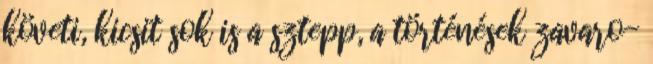
követi, kicsit sok is a sztepp, a történések zavaro-